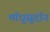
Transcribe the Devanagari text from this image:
मॉधुसूदॉन